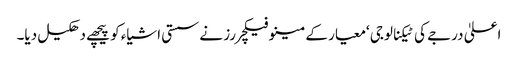
اعلیٰ درجے کی ٹیکنالوجی ‘معیار کے مینوفیکچررز نے سستی اشیاء کو پیچھے دھکیل دیا۔